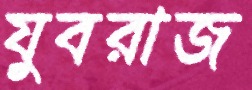
যুবরাজ